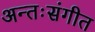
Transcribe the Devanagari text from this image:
अन्तःसंगीत